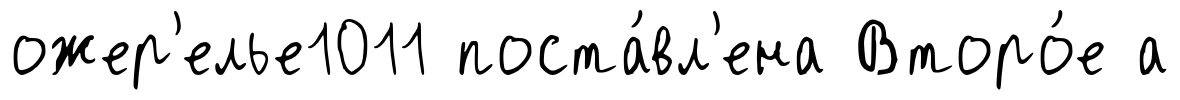
ожер'елье1011 поста́вл'ена Второ́е а